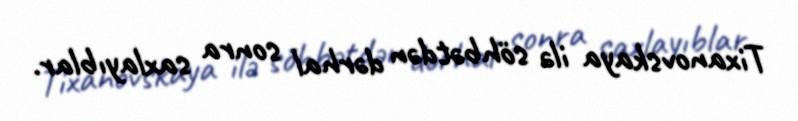
Tixanovskaya ilə söhbətdən dərhal sonra saxlayıblar.